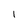
Character: I